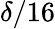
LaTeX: \delta/16